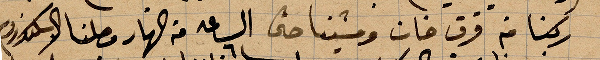
ركبنا من قرق خان ومشينا حتى الساعة ٦ من النهار وصلنا الاسكندرونة